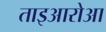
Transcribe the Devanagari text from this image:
ताइआरोआ